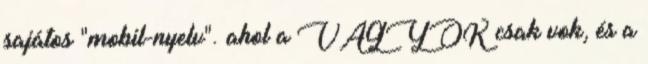
sajátos "mobil-nyelv". ahol a VAGYOK csak vok, és a